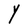
Character: Y